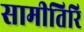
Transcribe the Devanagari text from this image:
सामीतिरि